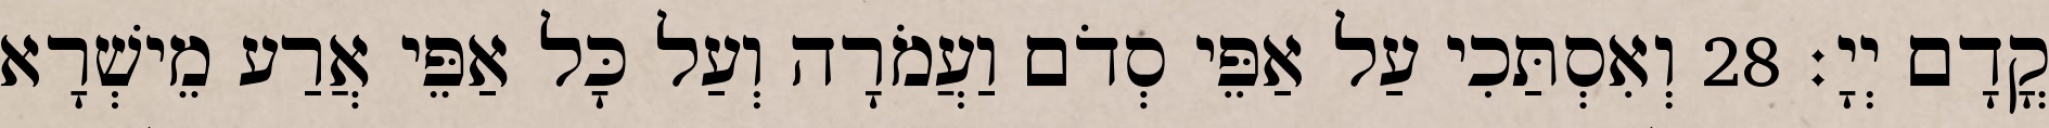
קֳדָם יְיָ׃ 28 וְאִסְתַּכִי עַל אַפֵּי סְדֹם וַעֲמֹרָה וְעַל כָּל אַפֵּי אֲרַע מֵישְׁרָא